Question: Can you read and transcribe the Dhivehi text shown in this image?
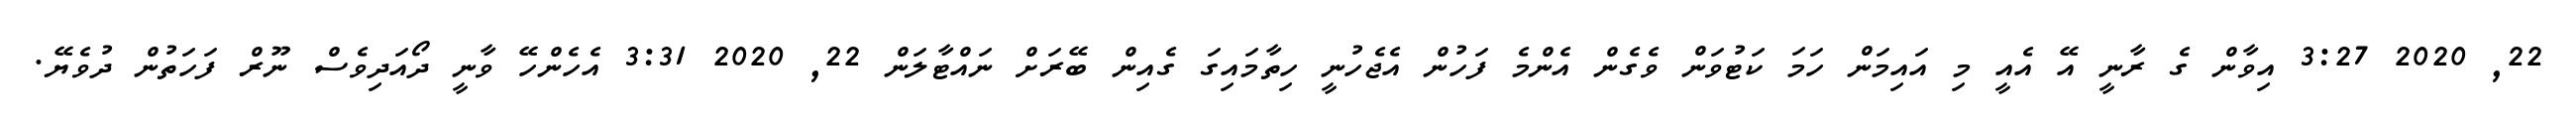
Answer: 22, 2020 3:27 އިވާން ގެ ރާނީ އޭ އެއީ މި އައިމަން ހަމަ ކަޓުވަން ވެގެން އެންމެ ފަހުން އެޖެހުނީ ހިތާމައިގަ ގެއިން ބޭރަށް ނައްޓާލަން 22, 2020 3:31 އެހެންހޭ ވާނީ ދޯއަދިވެސް ނޫރް ފަހަތުން ދުވެޔޭ.